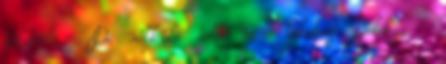
földön. - De nélküle soha nem lehetsz. Boldog. -